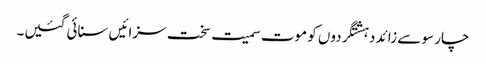
چار سو سے زائد دہشتگردوں کو موت سمیت سخت سزائیں سنائی گئیں۔